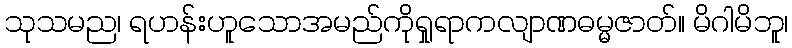
သုသမည၊ ရဟန်းဟူသောအမည်ကိုရှုရာကလျာဏဓမ္မဇာတ်။ မိဂါမိဘူ၊